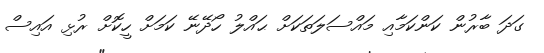
ގަދަ ބާރުން ކަންކަމާއި މައްސަލަތަކަށް ޙައްލު ހޯދޭނޭ ކަމަށް ހީކޮށް ރުޅި އައިސް